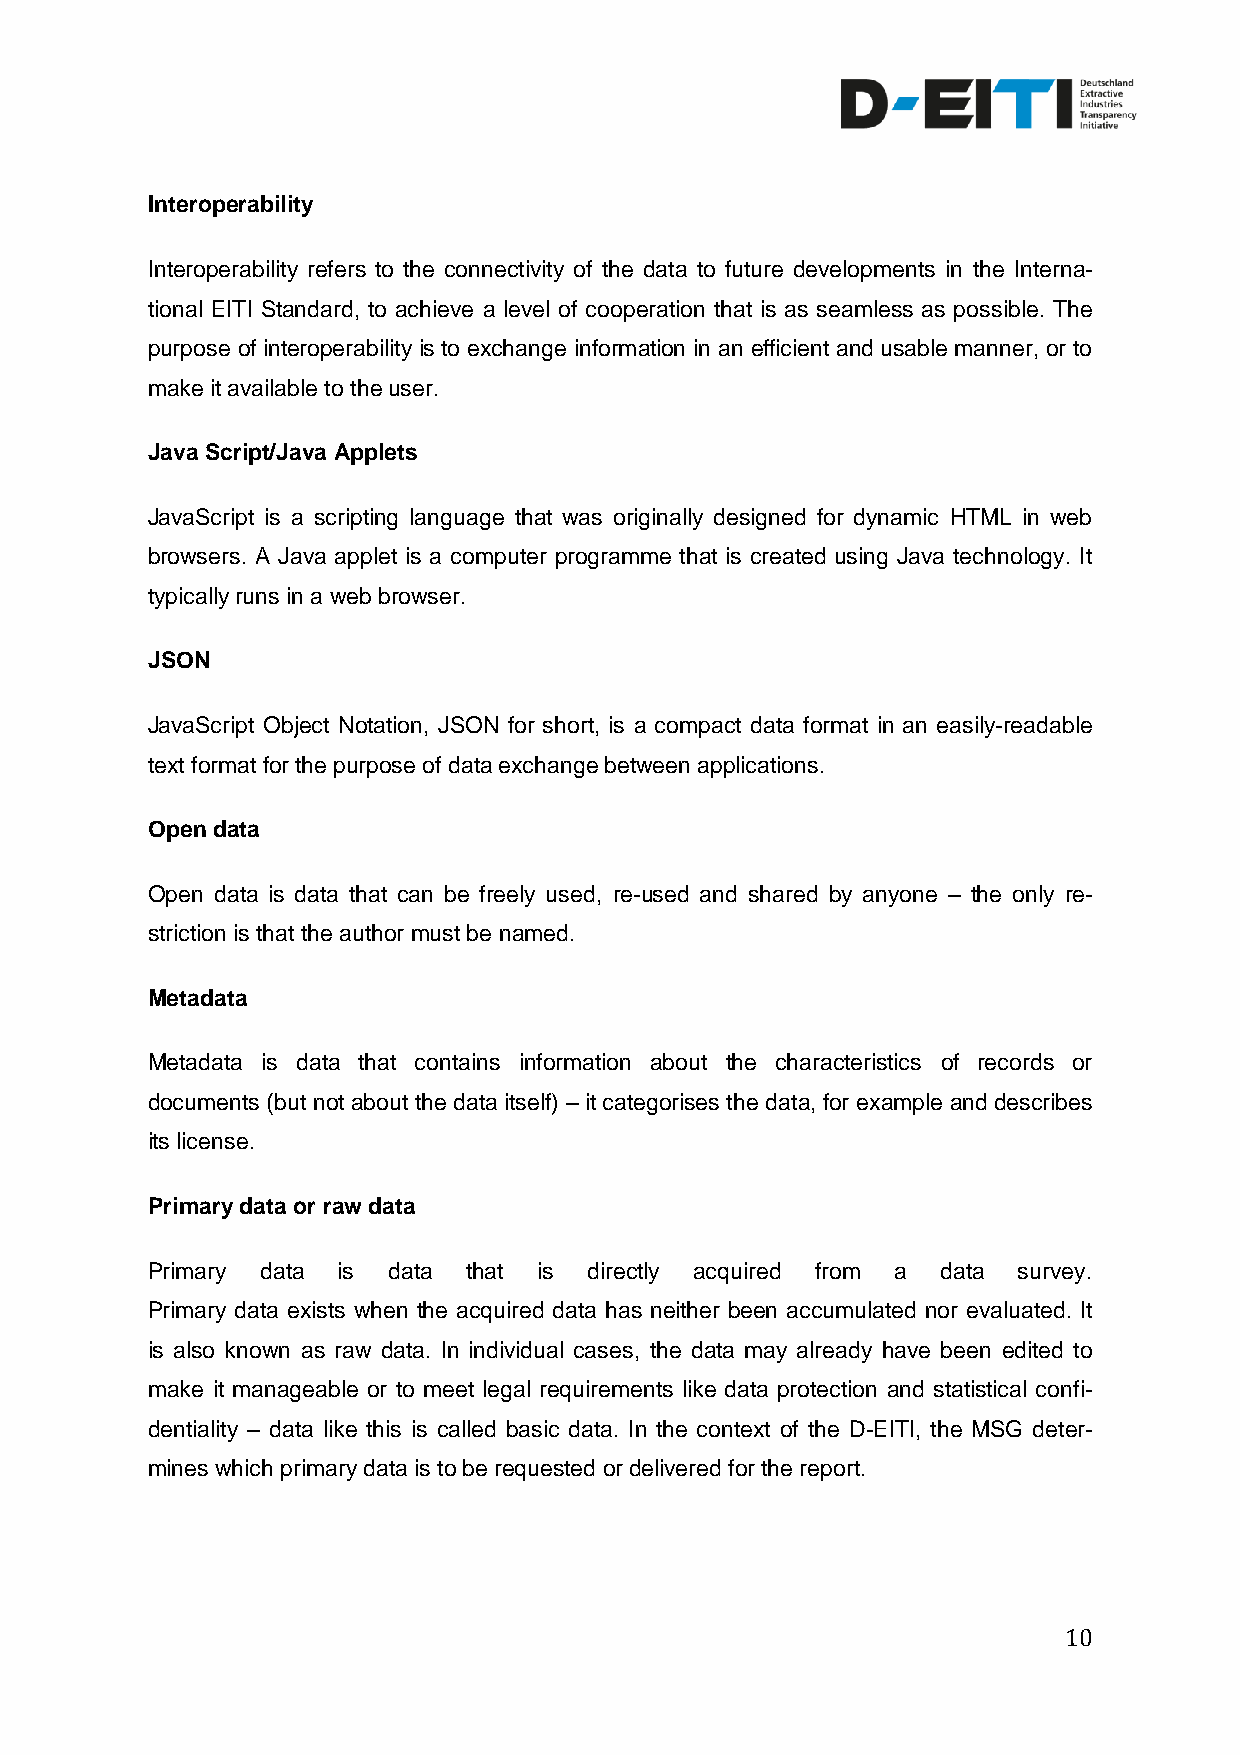
Interoperability
 Interoperability refers to the connectivity of the data to future developments in the Interna-
 tional EITI Standard, to achieve a level of cooperation that is as seamless as possible. The
 purpose of interoperability is to exchange information in an efficient and usable manner, or to
 make it available to the user.
 Java Script/Java Applets
 JavaScript is a scripting language that was originally designed for dynamic HTML in web
 browsers. A Java applet is a computer programme that is created using Java technology. It
 typically runs in a web browser.
 JSON
 JavaScript Object Notation, JSON for short, is a compact data format in an easily-readable
 text format for the purpose of data exchange between applications.
 Open data
 Open data is data that can be freely used, re-used and shared by anyone – the only re-
 striction is that the author must be named.
 Metadata
 Metadata is data that contains information about the characteristics of records or
 documents (but not about the data itself) – it categorises the data, for example and describes
 its license.
 Primary data or raw data
 Primary data is data that is directly acquired from a data survey.
 Primary data exists when the acquired data has neither been accumulated nor evaluated. It
 is also known as raw data. In individual cases, the data may already have been edited to
 make it manageable or to meet legal requirements like data protection and statistical confi-
 dentiality – data like this is called basic data. In the context of the D-EITI, the MSG deter-
 mines which primary data is to be requested or delivered for the report.
 10